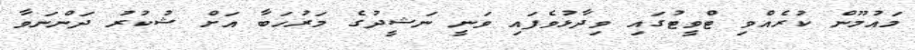
މައުމޫން ކުރެއްވި ޓްވީޓުގައި ވިދާޅުވެފައި ވަނީ ނަޝީދުގެ މަރުހަބާ އަށް ޝުކުރު ދަންނަވާ